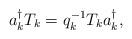
LaTeX: \begin{align*}a_{k}^{\dagger}T_{k}=q_k^{-1}T_{k}a_k^{\dagger},\end{align*}